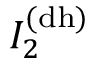
I _ { 2 } ^ { \mathrm { ( d h ) } }